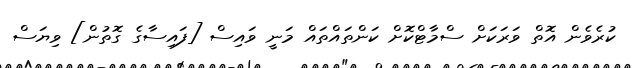
ކުރެވެން އޮތް ވަރަކަށް ސްމާޓްކޮށް ކަންތައްތައް މަނީ ވައިސް [ފައިސާގެ ގޮތުން] ވިޔަސް